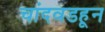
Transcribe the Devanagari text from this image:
चांदवडहून